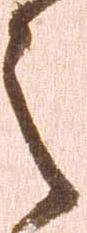
之